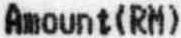
AMOUNT(RM)